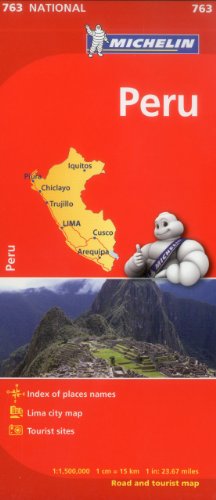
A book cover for Michelin Peru Map 763 (Maps/Country (Michelin)); Michelin Travel & Lifestyle; Travel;